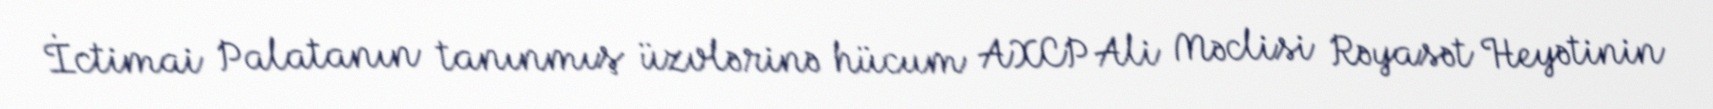
İctimai Palatanın tanınmış üzvlərinə hücum AXCP Ali Məclisi Rəyasət Heyətinin